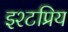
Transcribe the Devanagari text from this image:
इश्टप्रिय